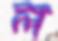
ল